Annual statistical returns and brief notes on vaccination in Bengal - 1896-1909
Year: 1896
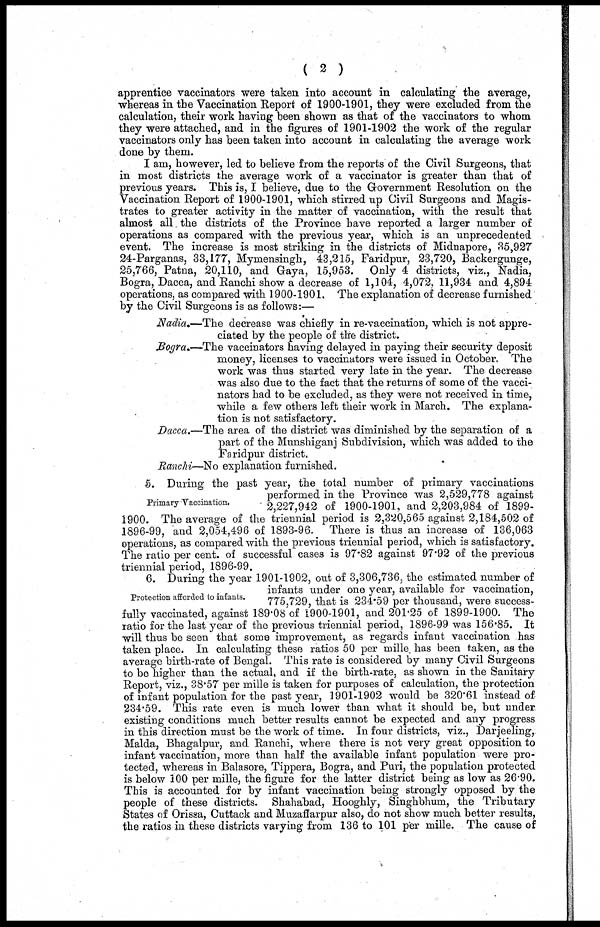
( 2 )
apprentice vaccinators were taken into account in calculating the average,
whereas in the Vaccination Report of 1900-1901, they were excluded from the
calculation, their work having been shown as that of the vaccinators to whom
they were attached, and in the figures of 1901-1902 the work of the regular
vaccinators only has been taken into account in calculating the average work
done by them.
I am, however, led to believe from the reports of the Civil Surgeons, that
in most districts the average work of a vaccinator is greater than that of
previous years. This is, I believe, due to the Government Resolution on the
Vaccination Report of 1900-1901, which stirred up Civil Surgeons and Magis-
trates to greater activity in the matter of vaccination, with the result that
almost all the districts of the Province have reported a larger number of
operations as compared with the previous year, which is an unprecedented
event. The increase is most striking in the districts of Midnapore, 35,927
24-Parganas, 33,177, Mymensingh, 43,215, Faridpur, 23,720, Backergunge,
25,766, Patna, 20,110, and Gaya, 15,953. Only 4 districts, viz., Nadia,
Bogra, Dacca, and Ranchi show a decrease of 1,104, 4,072, 11,934 and 4,894
operations, as compared with 1900-1901. The explanation of decrease furnished
by the Civil Surgeons is as follows:—
Nadia.—The decrease was chiefly in re-vaccination, which is not appre-
ciated by the people of the district.
Bogra.—The vaccinators having delayed in paying their security deposit
money, licenses to vaccinators were issued in October, The
work was thus started very late in the year. The decrease
was also due to the fact that the returns of some of the vacci-
nators had to be excluded, as they were not received in time,
while a few others left their work in March. The explana-
tion is not satisfactory.
Dacca.—The area of the district was diminished by the separation of a
part of the Munshiganj Subdivision, which was added to the
Faridpur district.
Ranchi—No explanation furnished.
Primary Vaccination.
5. During the past year, the total number of primary vaccinations
performed in the Province was 2,529,778 against
2,227,942 of 1900-1901, and 2,203,984 of 1899-
1900. The average of the triennial period is 2,320,565 against 2,184,502 of
1896-99, and 2,054,496 of 1893-96. There is thus an increase of 136,063
operations, as compared with the previous triennial period, which is satisfactory.
The ratio per cent. of successful cases is 97.82 against 97.92 of the previous
triennial period, 1896-99.
Protection afforded to infants.
6. During the year 1901-1902, out of 3,306,736, the estimated number of
infants under one year, available for vaccination,
775,729, that is 234.59 per thousand, were success-
fully vaccinated, against 189.08 of 1900-1901, and 201.25 of 1899-1900. The
ratio for the last year of the previous triennial period, 1896-99 was 156.85. It
will thus be seen that some improvement, as regards infant vaccination has
taken place. In calculating these ratios 50 per mille has been taken, as the
average birth-rate of Bengal. This rate is considered by many Civil Surgeons
to be higher than the actual, and if the birth-rate, as shown in the Sanitary
Report, viz., 38.57 per mille is taken for purposes of calculation, the protection
of infant population for the past year, 1901-1902 would be 320.61 instead of
234.59. This rate even is much lower than what it should be, but under
existing conditions much better results cannot be expected and any progress
in this direction must be the work of time. In four districts, viz., Darjeeling,
Malda, Bhagalpur, and Ranchi, where there is not very great opposition to
infant vaccination, more than half the available infant population were pro-
tected, whereas in Balasore, Tippera, Bogra, and Puri, the population protected
is below 100 per mille, the figure for the latter district being as low as 26.90.
This is accounted for by infant vaccination being strongly opposed by the
people of these districts. Shahabad, Hooghly, Singhbhum, the Tributary
States of Orissa, Cuttack and Muzaffarpur also, do not show much better results,
the ratios in these districts varying from 136 to 101 per mille. The cause of